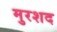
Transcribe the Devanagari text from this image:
मुरशद